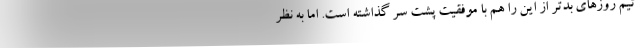
تیم روزهای بدتر از این را هم با موفقیت پشت سر گذاشته است. اما به نظر